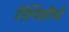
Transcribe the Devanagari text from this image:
देस्पिसीयो